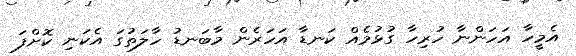
އެމީހާ އަހަންނާ ހުރިހާ ގުޅުމެއް ކަނޑާ އަހަރެން މާބަނޑު ހާލަތުގަ އެކަނި ކޮށްފަ